Annual report of the Bengal Veterinary College and of the Civil Veterinary Department, Bengal, for the year 1908-1909 - 1908-1909
Year: 1908
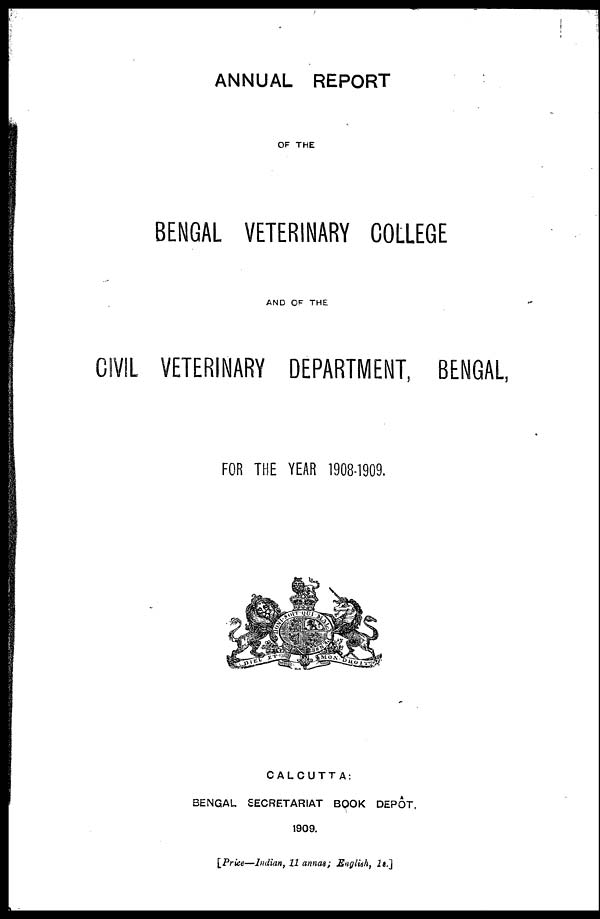
ANNUAL REPORT
OF THE
BENGAL VETERINARY COLLEGE
AND OF THE
CIVIL VETERINARY DEPARTMENT, BENGAL,
FOR THE YEAR 1908-1909.
CALCUTTA:
BENGAL SECRETARIAT BOOK DEPÔT.
1909.
[Price—Indian, 11 annas; English, 1s.]